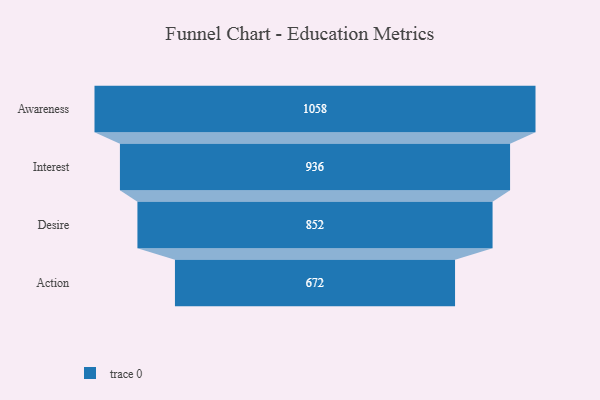
{"axis": {"x": "Stage", "y": "Value"}, "legend": [""], "data": [{"x": "Awareness", "y": 1058.0, "type": ""}, {"x": "Interest", "y": 936.0, "type": ""}, {"x": "Desire", "y": 852.0, "type": ""}, {"x": "Action", "y": 672.0, "type": ""}]}